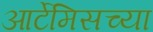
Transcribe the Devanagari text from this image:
आर्टेमिसच्या